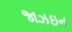
જાઝઇન